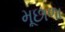
મૂછાળા